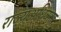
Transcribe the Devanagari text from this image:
राज्यअधिकार